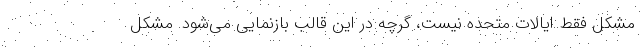
مشکل فقط ایالات متحده نیست، گرچه در این قالب بازنمایی می‌شود. مشکل